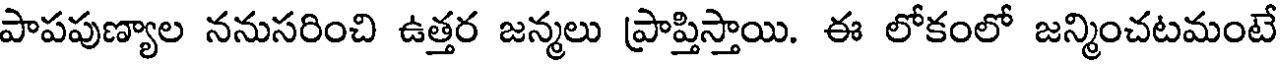
పాపపుణ్యాల ననుసరించి ఉత్తర జన్మలు ప్రాప్తిస్తాయి. ఈ లోకంలో జన్మించటమంటే